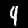
Digit: 9